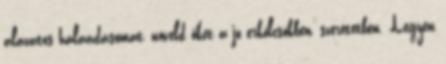
alázatos hálaadásomat, növeld őket a jó erkölcsökben, szeretetben. Legyen